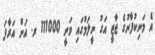
އެ މަނިކުފާނުގެ ޖާޒީ އަގު ނީލަމުގައި ވަނީ 111000 ރ. އަށް އަރާފަ